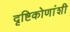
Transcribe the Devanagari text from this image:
दृष्टिकोणांशी